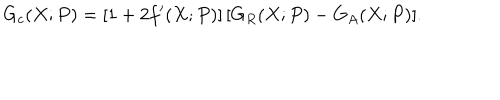
G _ { c } ( X ; P ) = [ 1 + 2 f ^ { \prime } ( X ; P ) ] \, [ G _ { R } ( X ; P ) - G _ { A } ( X ; P ) ] .